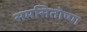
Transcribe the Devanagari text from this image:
समसितोष्ण